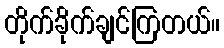
တိုက်ခိုက်ချင်ကြတယ်။